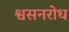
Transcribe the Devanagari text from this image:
श्वसनरोध